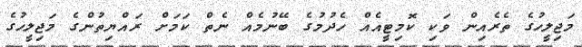
މަޖިލީހުގެ ތެރެއިން ވަކި ކޮމިޓީއެއް ހެދުމުގެ ބޭނުމެއް ނެތް ކަމަށް ރައްޔިތުންގެ މަޖިލީހުގެ